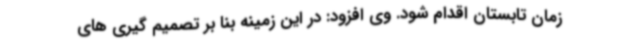
زمان تابستان اقدام شود. وی افزود: در این زمینه بنا بر تصمیم گیری های